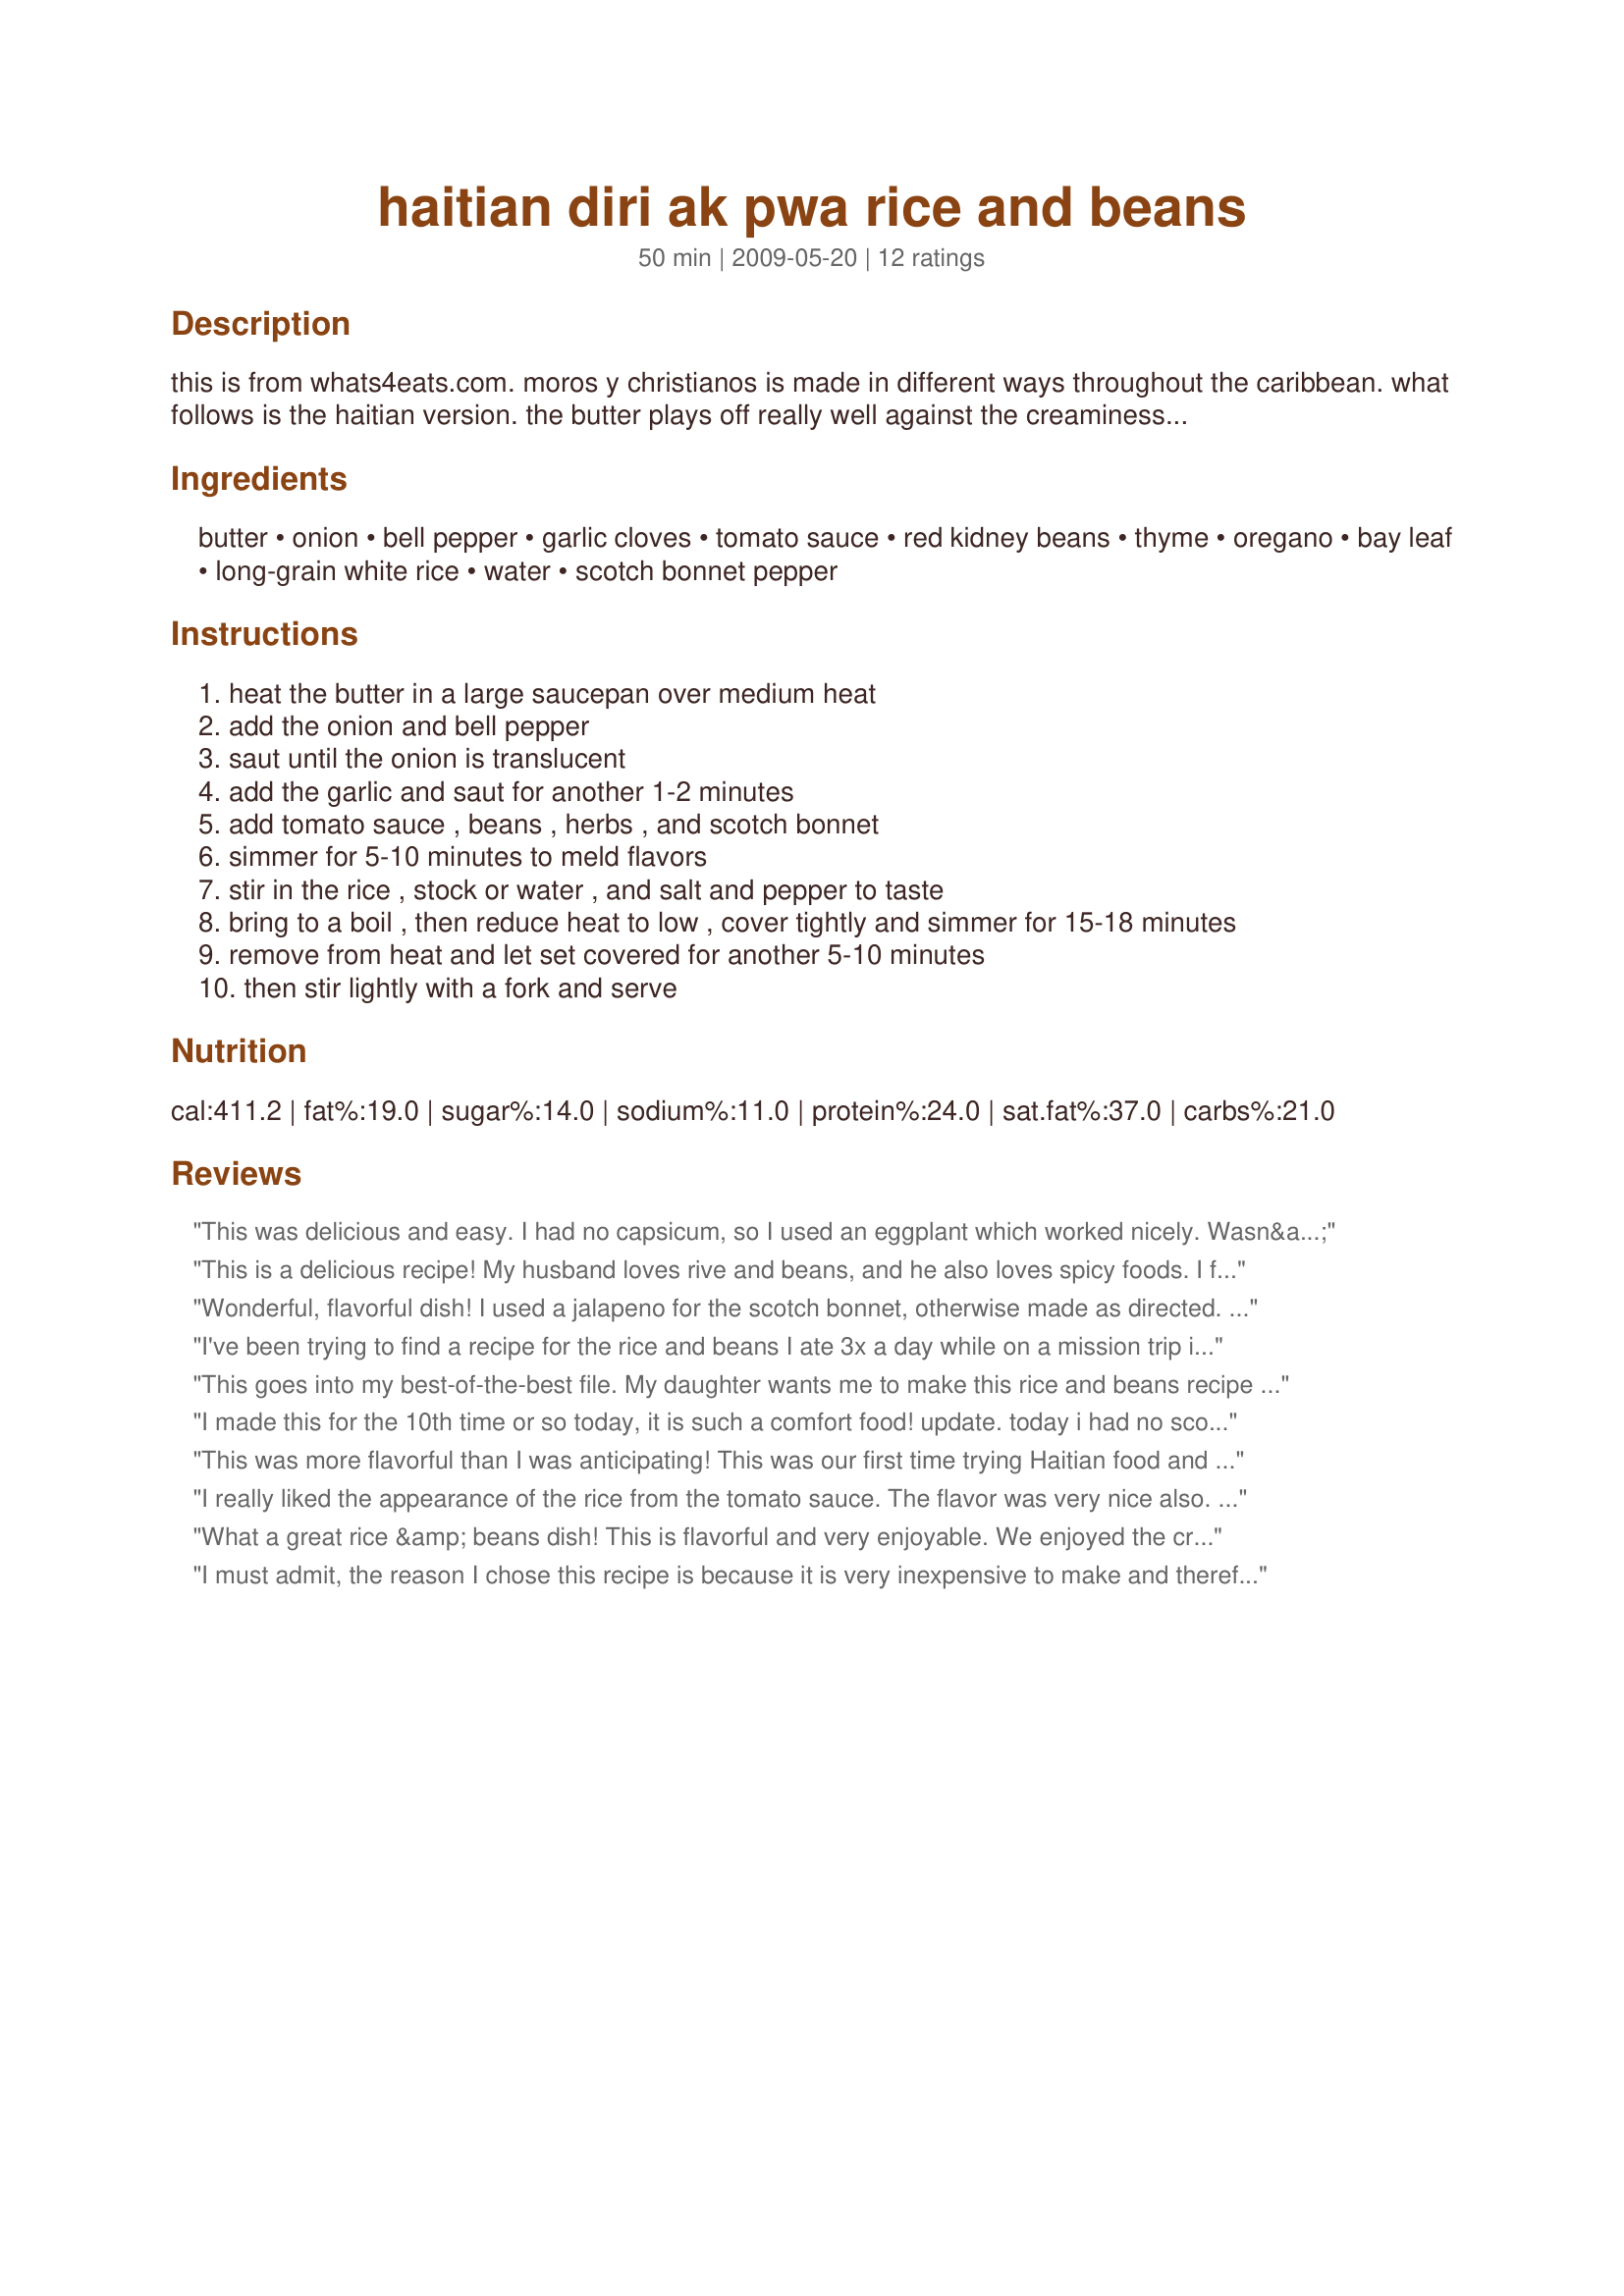
haitian diri ak pwa rice and beans
Preparation time: 50 minutes

this is from whats4eats.com. moros y christianos is made in different ways throughout the caribbean. what follows is the haitian version. the butter plays off really well against the creaminess of the kidney beans. instead of a scotch bonnet, you could use tabasco's chipotle sauce.

Ingredients:
butter, onion, bell pepper, garlic cloves, tomato sauce, red kidney beans, thyme, oregano, bay leaf, long-grain white rice, water, scotch bonnet pepper

Steps:
heat the butter in a large saucepan over medium heat
add the onion and bell pepper
saut until the onion is translucent
add the garlic and saut for another 1-2 minutes
add tomato sauce , beans , herbs , and scotch bonnet
simmer for 5-10 minutes to meld flavors
stir in the rice , stock or water , and salt and pepper to taste
bring to a boil , then reduce heat to low , cover tightly and simmer for 15-18 minutes
remove from heat and let set covered for another 5-10 minutes
then stir lightly with a fork and serve

Reviews:
This was delicious and easy. I had no capsicum, so I used an eggplant which worked nicely. Wasn&#039;t sure what you meant by &#039;tomato sauce&#039;, I assumed not like ketchup and decided to use Tomato Paste, which tasted great. Made for ZWT 9, for the Tasty Testers.
This is a delicious recipe! My husband loves rive and beans, and he also loves spicy foods. I followed MarraMamba's suggestion and used chipotle peppers instead of scotch bonnet. I loved the creamy texture of the dish, and it is easy to adjust to the level of heat you like. On top of all that, it is beautiful as well. I used red peppers as green peppers and I do not get along. Made for Top Favorites of 2009 Tag Game.
Wonderful, flavorful dish! I used a jalapeno for the scotch bonnet, otherwise made as directed. Really loved the generous amount of thyme used, it really made this dish great. Served this as a meatless main course and it was filling and satisfying; leftovers are great too. Thanks for sharing the recipe! Made for the Best of 2013 event, recommended by LifeIsGood
I've been trying to find a recipe for the rice and beans I ate 3x a day while on a mission trip in Haiti. This recipe comes really close. It's quick and easy to make and it's delicious! I'll definitely be making this again.
This goes into my best-of-the-best file. My daughter wants me to make this rice and beans recipe &quot;all the time&quot;. It&#039;s super easy to make and takes great. I made half the recipe, and now wish I had made the full batch. Thanks for posting! Made for the Soup-A-Stars during ZWT9
I made this for the 10th time or so today, it is such a comfort food! update. today i had no scotch bonnet so used a chipotle hot sauce (like tabasco but from chipotles) and it was amazing. Added a little smoky flavor to it. I would suggest using a chipotle in adobo as well.
i have only tried one other haitian rice and beans recipe and this one is by far the best. I used to live there and the maid would bring it for my lunch..not bc she had to cook for me but she was always proud of her rice and beans. Took me right back to living there!
This was more flavorful than I was anticipating! This was our first time trying Haitian food and I&#039;m glad we did. give it a 5, my bf a 4. I used black-eyed peas because thats what I had on hand. Thanks!
I really liked the appearance of the rice from the tomato sauce. The flavor was very nice also. I did tone down the heat a bit and used somewhat less scotch bonnet than was called for.
What a great rice &amp; beans dish! This is flavorful and very enjoyable. We enjoyed the creamy texture and the use of tomato sauce and spicy chilies. Thanks for sharing! ZWT9
I must admit, the reason I chose this recipe is because it is very inexpensive to make and therefor helps to stretch the grocery budget. I didn't really know how well it would be received by my family though. My husband would not try it however; my kids LOVED it... with all of them going back for seconds.<br/>I live in the middle of the boonies, and was not able to find scotch bonnet peppers, so I added a little more then a 1/4 tsp. of cayenne pepper and then a Tbs. of chipotle pepper sauce to give it the depth from the smokey flavor to the vegetables. I sauteed the veggies, herbs, tomato sauce, spices and beans on the stove top to meld the flavors. I then added rice, 1/2 chicken broth (I had some in the fridge that needed to be used up) 1/2 water to my rice cooker and then stirred in the veggie/been mixture. When it was cooking, it filled the kitchen with such a wonderful aroma. I will definitely be making this again. Made and reviewed for Spring PAC 2012.
Loved this! I love rice for breakfast (weird, I know) so this was mine today! Thanks for sharing, made for Zingo, ZWT9
This was very good, almost like my former co-worker&#039;s dish. I did use the scotch bonnet, but put it in a tea ball to cook in the beans, less chance of it falling apart. I did not change anything else. It is easy to make and delicious to eat.
